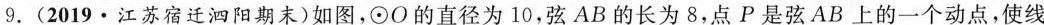
9. (2019·江苏宿迁泗阳期末)如图，\odot O的直径为10，弦AB的长为8，点P是弦AB上的一个动点，使线